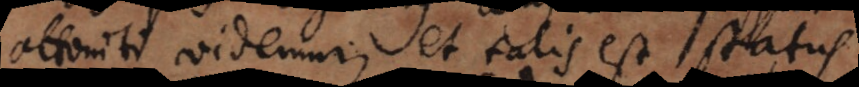
attoniti videmur; et talis est status